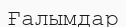
Ғалымдар